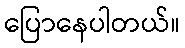
ပြောနေပါတယ်။